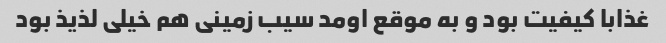
غذابا کیفیت بود و به موقع اومد سیب زمینی هم خیلی لذیذ بود